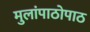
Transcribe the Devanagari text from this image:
मुलांपाठोपाठ